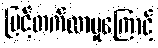
မြင့်တက်လာမှုကြောင့်